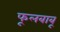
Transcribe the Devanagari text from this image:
फूलबाबू